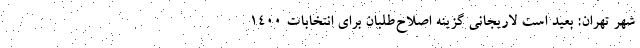
شهر تهران: بعید است لاریجانی گزینه اصلاح‌طلبان برای انتخابات ۱۴۰۰